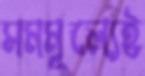
সমমূল্যেই